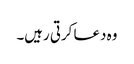
وہ دعا کرتی رہیں۔